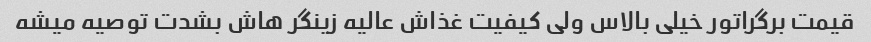
قیمت برگراتور خیلی بالاس ولی کیفیت غذاش عالیه زینگر هاش بشدت توصیه میشه